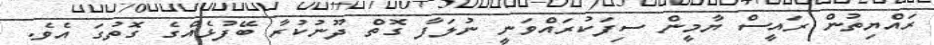
ރައްޔިތުން ރައީސް ޔާމީން ސިފަކުރައްވަނީ ނުލަފާ ގޮތް ދޫނުކުރާ ބޭފުޅެއްގެ ގޮތުގަ އެވެ.